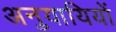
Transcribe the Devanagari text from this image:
अनुयायियों